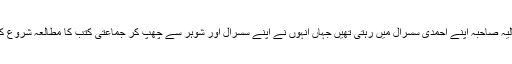
عالیہ صاحبہ اپنے احمدی سسرال میں رہتی تھیں جہاں انہوں نے اپنے سسرال اور شوہر سے چھپ کر جماعتی کتب کا مطالعہ شروع کیا۔